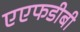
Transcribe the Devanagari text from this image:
एएफडीबी